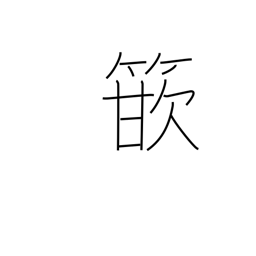
Meaning: inlay